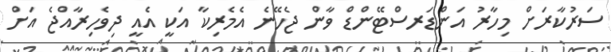
ސަރުކާރަށް މިހާރު އަންޑަރސްޓޭންޑް ވާން ޖެހޭނެ އެމެރިކާ އަކީ އެއީ ދިވެހިރާއްޖެ އަށް